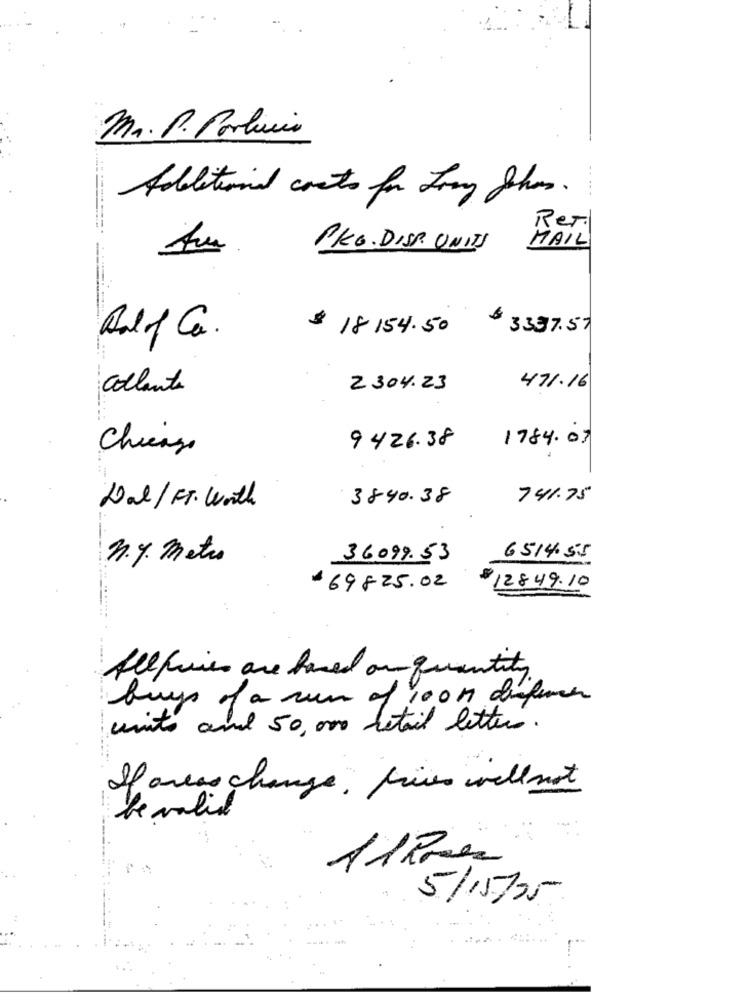
Mr. P. Porhuis
Additional costs for Sony Jhas.
----------
Ret.
MAIL
PKG. DISP UNITS
$ 18154.50
3337.57
All of Ca.
...
Collante
2304.23
471.16
Chicas
9426.38
1784.07
Dal/FT. Worth
3840.38
741.75
n.y. Metro
36099.53
6514.55
.69825.02
$12849.10
All files are based on quantity
buys of a run of 100M diferen
units and 50,000 retail letters.
If areas change, fives will not
be valid
11 Rue
5/15725